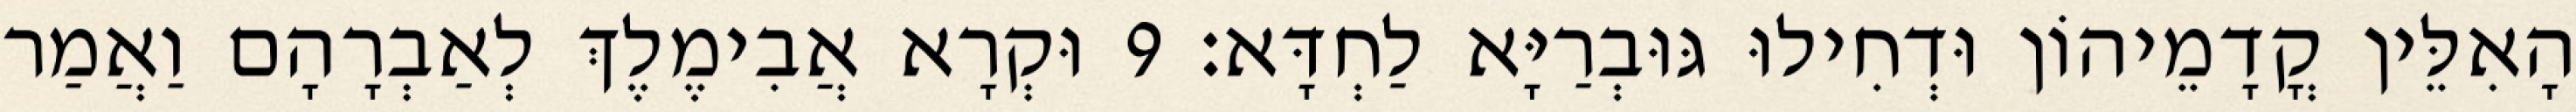
הָאִלֵּין קֳדָמֵיהוֹן וּדְחִילוּ גּוּבְרַיָּא לַחְדָּא׃ 9 וּקְרָא אֲבִימֶלֶךְ לְאַבְרָהָם וַאֲמַר